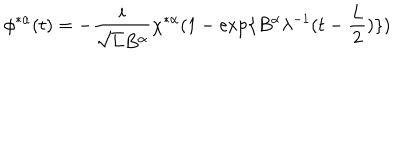
\phi ^ { * \alpha } ( t ) = - \frac { i } { \sqrt { L } B ^ { \alpha } } \chi ^ { * \alpha } ( 1 - \exp \{ B ^ { \alpha } \lambda ^ { - 1 } ( t - \frac { L } { 2 } ) \} )